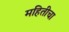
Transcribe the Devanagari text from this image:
महितीचा